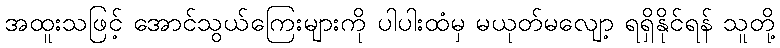
အထူးသဖြင့် အောင်သွယ်ကြေးများကို ပါပါးထံမှ မယုတ်မလျော့ ရရှိနိုင်ရန် သူတို့